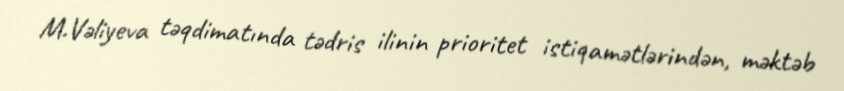
M.Vəliyeva təqdimatında tədris ilinin prioritet istiqamətlərindən, məktəb